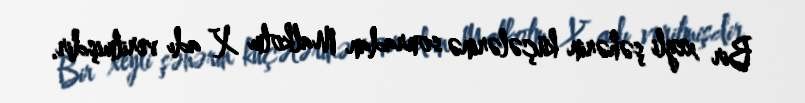
Bir xeyli şəhərin küçələrinə sonradan Malkolm X adı verilmişdir.